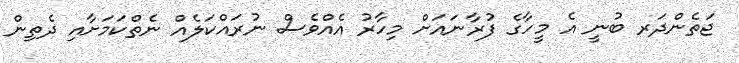
ޖަތެންދަރ ބުނީ އެ މީހާގެ ފުރާނައަށް މިހާރު އެއްވެސް ނުރައްކަލެއް ނެތްކަމަށާއި ދެތިން